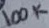
Text: 100K